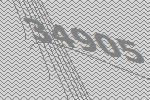
34905